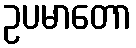
ဥပမာတော